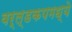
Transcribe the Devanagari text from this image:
वर्ल्डकपमध्ये